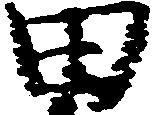
田